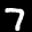
Label: 7